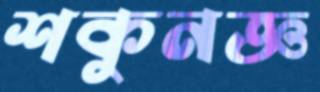
শকুনজ্ঞ